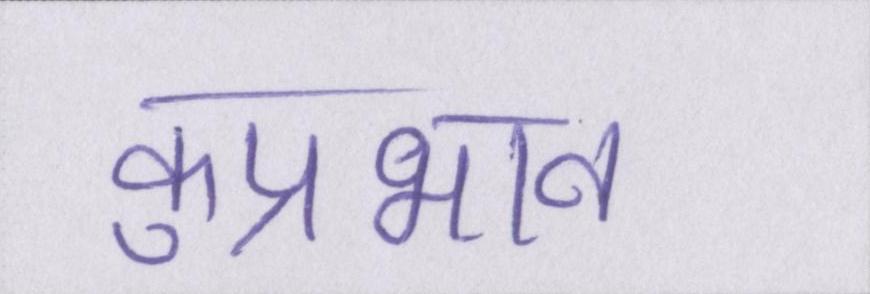
कुप्रभाव